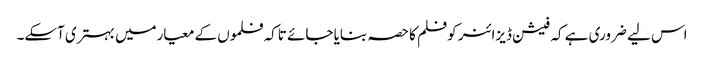
اس لیے ضروری ہے کہ فیشن ڈیزائنر کوفلم کا حصہ بنایا جائے تاکہ فلموں کے معیارمیں بہتری آسکے۔